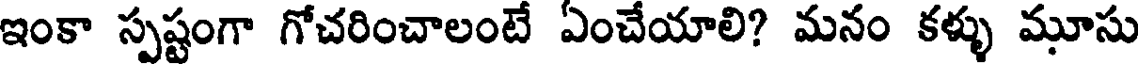
ఇంకా స్పష్టంగా గోచరించాలంటే ఏంచేయాలి? మనం కళ్ళు మూసు